Document type: Barter
Year: 1304
Scribe: Pere Pometa
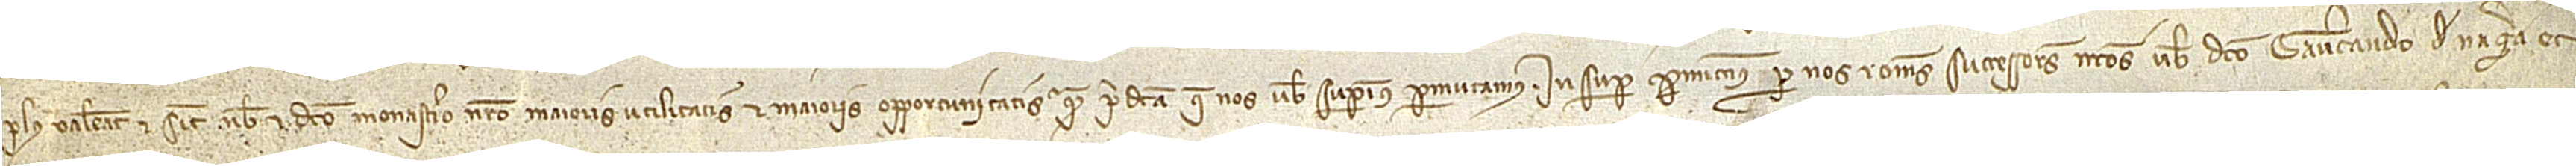
plus valeant et sicut nobis et dicto monasterio nostro maioris utilitatis et maioris opportunitatis quam predicta que nos vobis superius permutamus. Insuper promittimus per nos et omnes successores nostros vobis dicto Gaucerando de Nagera et